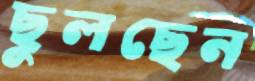
ছুলছেন